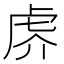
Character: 𰲙